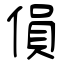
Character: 傊